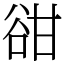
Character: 𧮳